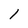
Character: 1